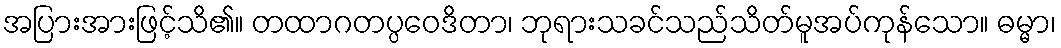
အပြားအားဖြင့်သိ၏။ တထာဂတပ္ပဝေဒိတာ၊ ဘုရားသခင်သည်သိတ်မူအပ်ကုန်သော။ ဓမ္မာ၊